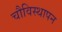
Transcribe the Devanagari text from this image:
चौविस्थापन